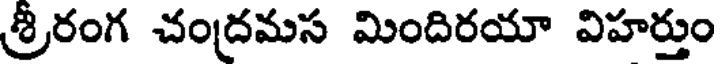
శ్రీరంగ చంద్రమస మిందిరయా విహర్తుం